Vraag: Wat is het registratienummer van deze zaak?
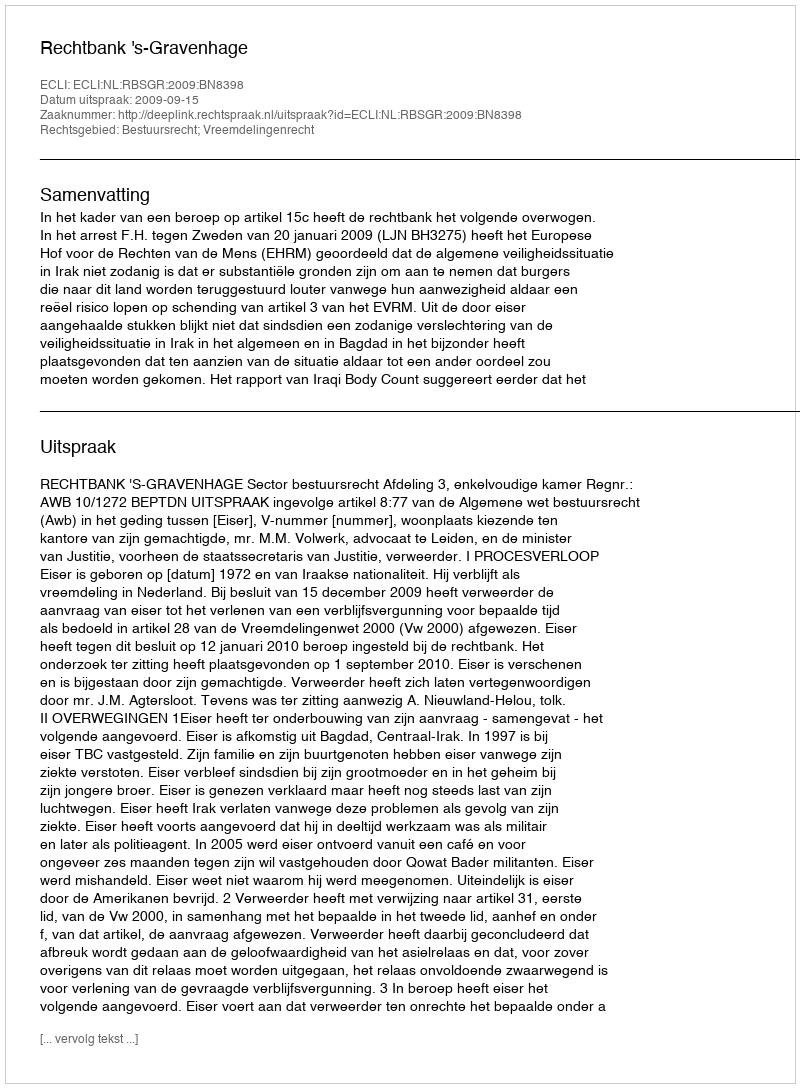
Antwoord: http://deeplink.rechtspraak.nl/uitspraak?id=ECLI:NL:RBSGR:2009:BN8398